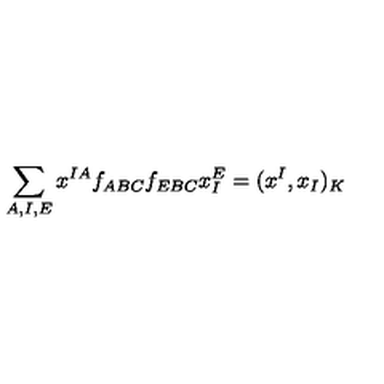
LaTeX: \sum _ { A , I , E } x ^ { I A } f _ { A B C } f _ { E B C } x _ { I } ^ { E } = ( x ^ { I } , x _ { I } ) _ { K }